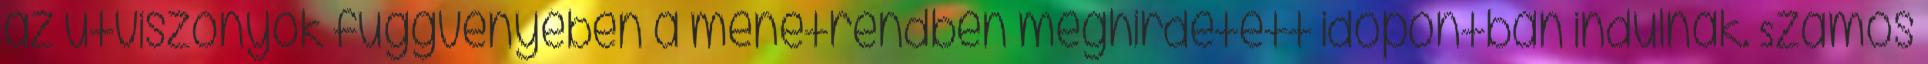
az útviszonyok függvényében a menetrendben meghirdetett időpontban indulnak. Számos